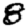
Digit: 8